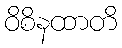
ဝိစိနထာတိ